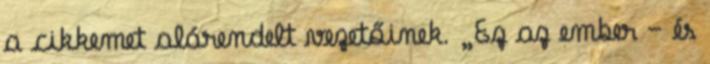
a cikkemet alárendelt vezetőinek. „Ez az ember – és